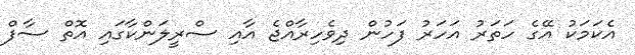
އެކަމަކު އޭގެ ހަތަރު އަހަރު ފަހުން ދިވެހިރާއްޖެ އާއި ސްރީލަންކާގައި އޮތް ސާފް